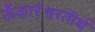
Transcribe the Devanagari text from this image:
ऊँकारेश्वरतीर्थ